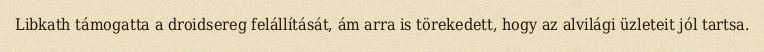
Libkath támogatta a droidsereg felállítását, ám arra is törekedett, hogy az alvilági üzleteit jól tartsa.